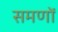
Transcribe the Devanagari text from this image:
समणों